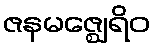
ဇနမဇ္ဈေရိဝ